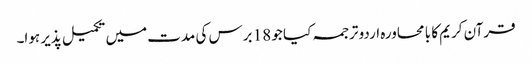
قرآن کریم کا با محاورہ اردو ترجمہ کیا جو 18 برس کی مدت میں تکمیل پذیر ہوا۔